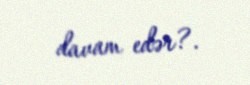
davam edər?.